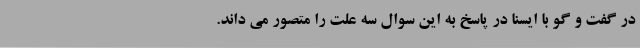
در گفت و گو با ایسنا در پاسخ به این سوال سه علت را متصور می داند.